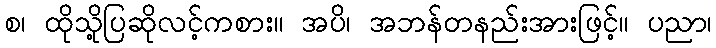
စ၊ ထိုသို့ပြဆိုလင့်ကစား။ အပိ၊ အဘန်တနည်းအားဖြင့်။ ပညာ၊